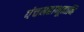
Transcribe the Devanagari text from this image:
पंचमहाभूतानि